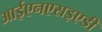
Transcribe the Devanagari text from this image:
आईएनएसइएडी